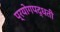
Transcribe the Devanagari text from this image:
प्रयोगपद्धती